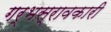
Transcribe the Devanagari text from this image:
गर्भस्रावकारी